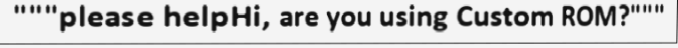
"""please helpHi, are you using Custom ROM?"""